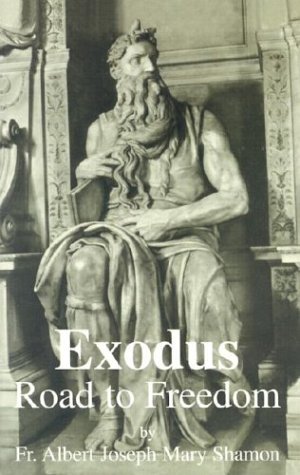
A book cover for Exodus: Road to Freedom; Albert Joseph Mary Shamon; Christian Books & Bibles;